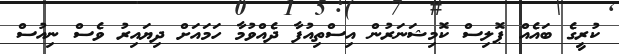
ކުރީގެ ބައެއް ޕޮލިސް ކޮމިޝަނަރުން އިސްތިއުފާ ދެއްވުމާ ހަމައަށް ދިޔައިރު ވެސް ނިއުސް